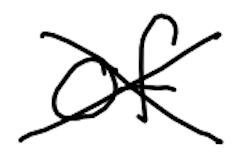
Text: of
Cross-out: cross
Writing tool: digital_black